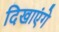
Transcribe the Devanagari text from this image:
दिखाएंगे